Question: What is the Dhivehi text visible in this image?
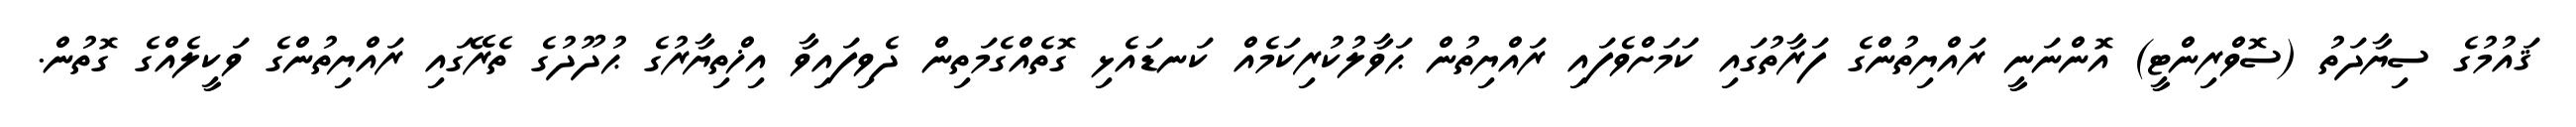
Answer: ޤައުމުގެ ސިޔާދަތު (ސޮވްރިންޓީ) އޮންނަނީ ރައްޔިތުންގެ ފަރާތުގައި ކަމަށްވެފައި ރައްޔިތުން ޙަވާލުކުރިކަމެއް ކަނޑައެޅި ގޮތެއްގެމަތިން ދެވިފައިވާ އިޚްތިޔާރުގެ ޙުދޫދުގެ ތެރޭގައި ރައްޔިތުންގެ ވަކީލެއްގެ ގޮތުން.